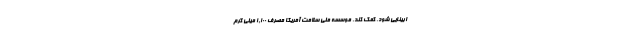
ابینایی شود، کمک کند. موسسه ملی سلامت آمریکا مصرف 1,100 میلی گرم